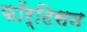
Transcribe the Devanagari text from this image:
फॉर्टिसन